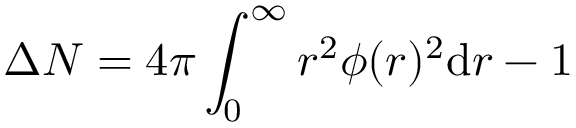
\Delta N = 4 \pi \int _ { 0 } ^ { \infty } r ^ { 2 } \phi ( r ) ^ { 2 } \mathrm { d } r - 1